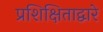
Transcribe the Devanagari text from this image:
प्रशिक्षिताद्वारे